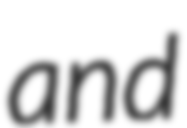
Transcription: and